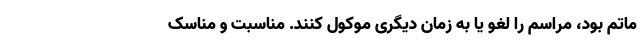
ماتم بود، مراسم را لغو یا به زمان دیگری موکول کنند. مناسبت و مناسک